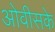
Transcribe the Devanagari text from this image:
ओवीसके